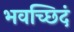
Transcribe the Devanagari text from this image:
भवच्छिदं